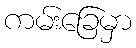
ကမ်းခြေမှာ